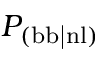
P _ { \mathrm { ( b b | n l ) } }